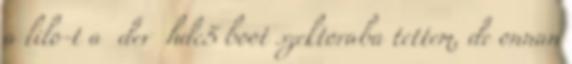
a lilo-t a dev hdc5 boot szektoraba tettem, de onnan